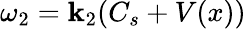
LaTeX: \omega_{2}=\mathbf{k}_{2}(C_{s}+V(x))